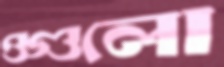
ওগুলো